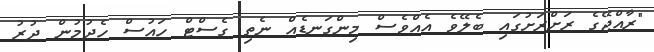
"ރާއްޖޭގެ ރަށްރަށުގައި ބެލޭވެ އެއްވެސް މިންގަނޑެއް ނެތި ގެސްޓް ހައުސް ހެދުމުން ދުރު